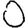
Digit: 0